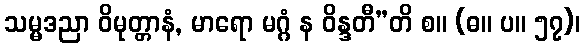
သမ္မဒညာ ဝိမုတ္တာနံ, မာရော မဂ္ဂံ န ဝိန္ဒတီ”တိ စ။ (ဓ။ ပ။ ၅၇)၊